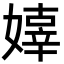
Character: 嫴